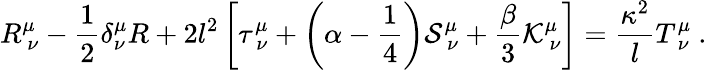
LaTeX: R_{\ \nu}^{\mu}-{\frac{1}{2}}\delta_{\nu}^{\mu}R+2l^{2}\left[\tau_{\ \nu}^{\mu}+\left(\alpha-{\frac{1}{4}}\right){\cal S}_{\ \nu}^{\mu}+{\frac{\beta}{3}}{\cal K}_{\ \nu}^{\mu}\right]={\frac{\kappa^{2}}{l}}T_{\ \nu}^{\mu}\ .